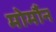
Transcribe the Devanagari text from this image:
मोर्मौन